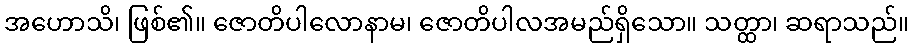
အဟောသိ၊ ဖြစ်၏။ ဇောတိပါလောနာမ၊ ဇောတိပါလအမည်ရှိသော။ သတ္ထာ၊ ဆရာသည်။